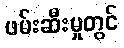
ဖမ်းဆီးမှုတွင်